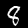
Label: 8